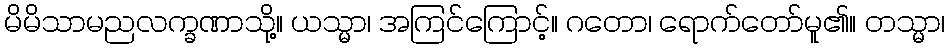
မိမိသာမညလက္ခဏာသို့။ ယသ္မာ၊ အကြင်ကြောင့်။ ဂတော၊ ရောက်တော်မူ၏။ တသ္မာ၊